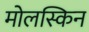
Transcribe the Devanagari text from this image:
मोलस्किन